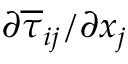
{ \partial \overline { { \tau } } _ { i j } } / { \partial x _ { j } }